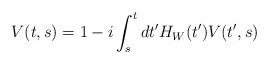
LaTeX: \begin{align*}V(t,s)=1-i\int_{s}^{t}dt^{\prime }H_{W}(t^{\prime })V(t^{\prime },s)\end{align*}